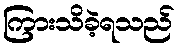
ကြားသိခဲ့ရသည်